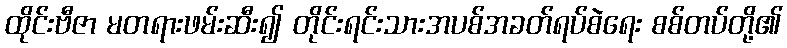
ထိုင်းဗီဇာ မတရားဖမ်းဆီး၍ တိုင်းရင်းသားအပစ်အခတ်ရပ်စဲရေး စစ်တပ်တို့၏